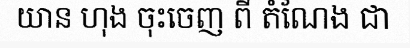
យាន ហុង ចុះចេញ ពី តំណែង ជា